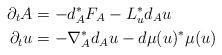
LaTeX: \begin{align*} \partial_t A &= -d_A^*F_A - L_u^* d_A u \\ \partial_t u &= - \nabla_A^* d_A u - d\mu(u)^* \mu(u)\end{align*}